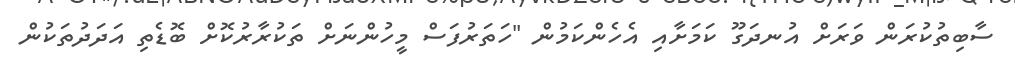
ސާބިތުކުރަން ވަރަށް އުނދަގޫ ކަމަށާއި އެހެންކަމުން "ހަތަރުފަސް މީހުންނަށް ތަކުރާރުކޮށް ބޮޑެތި އަދަދުތަކުން